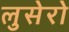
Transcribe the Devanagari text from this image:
लुसेरो